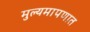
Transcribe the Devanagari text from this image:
मुल्यमापणात